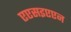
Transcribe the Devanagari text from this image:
एएसइएएन